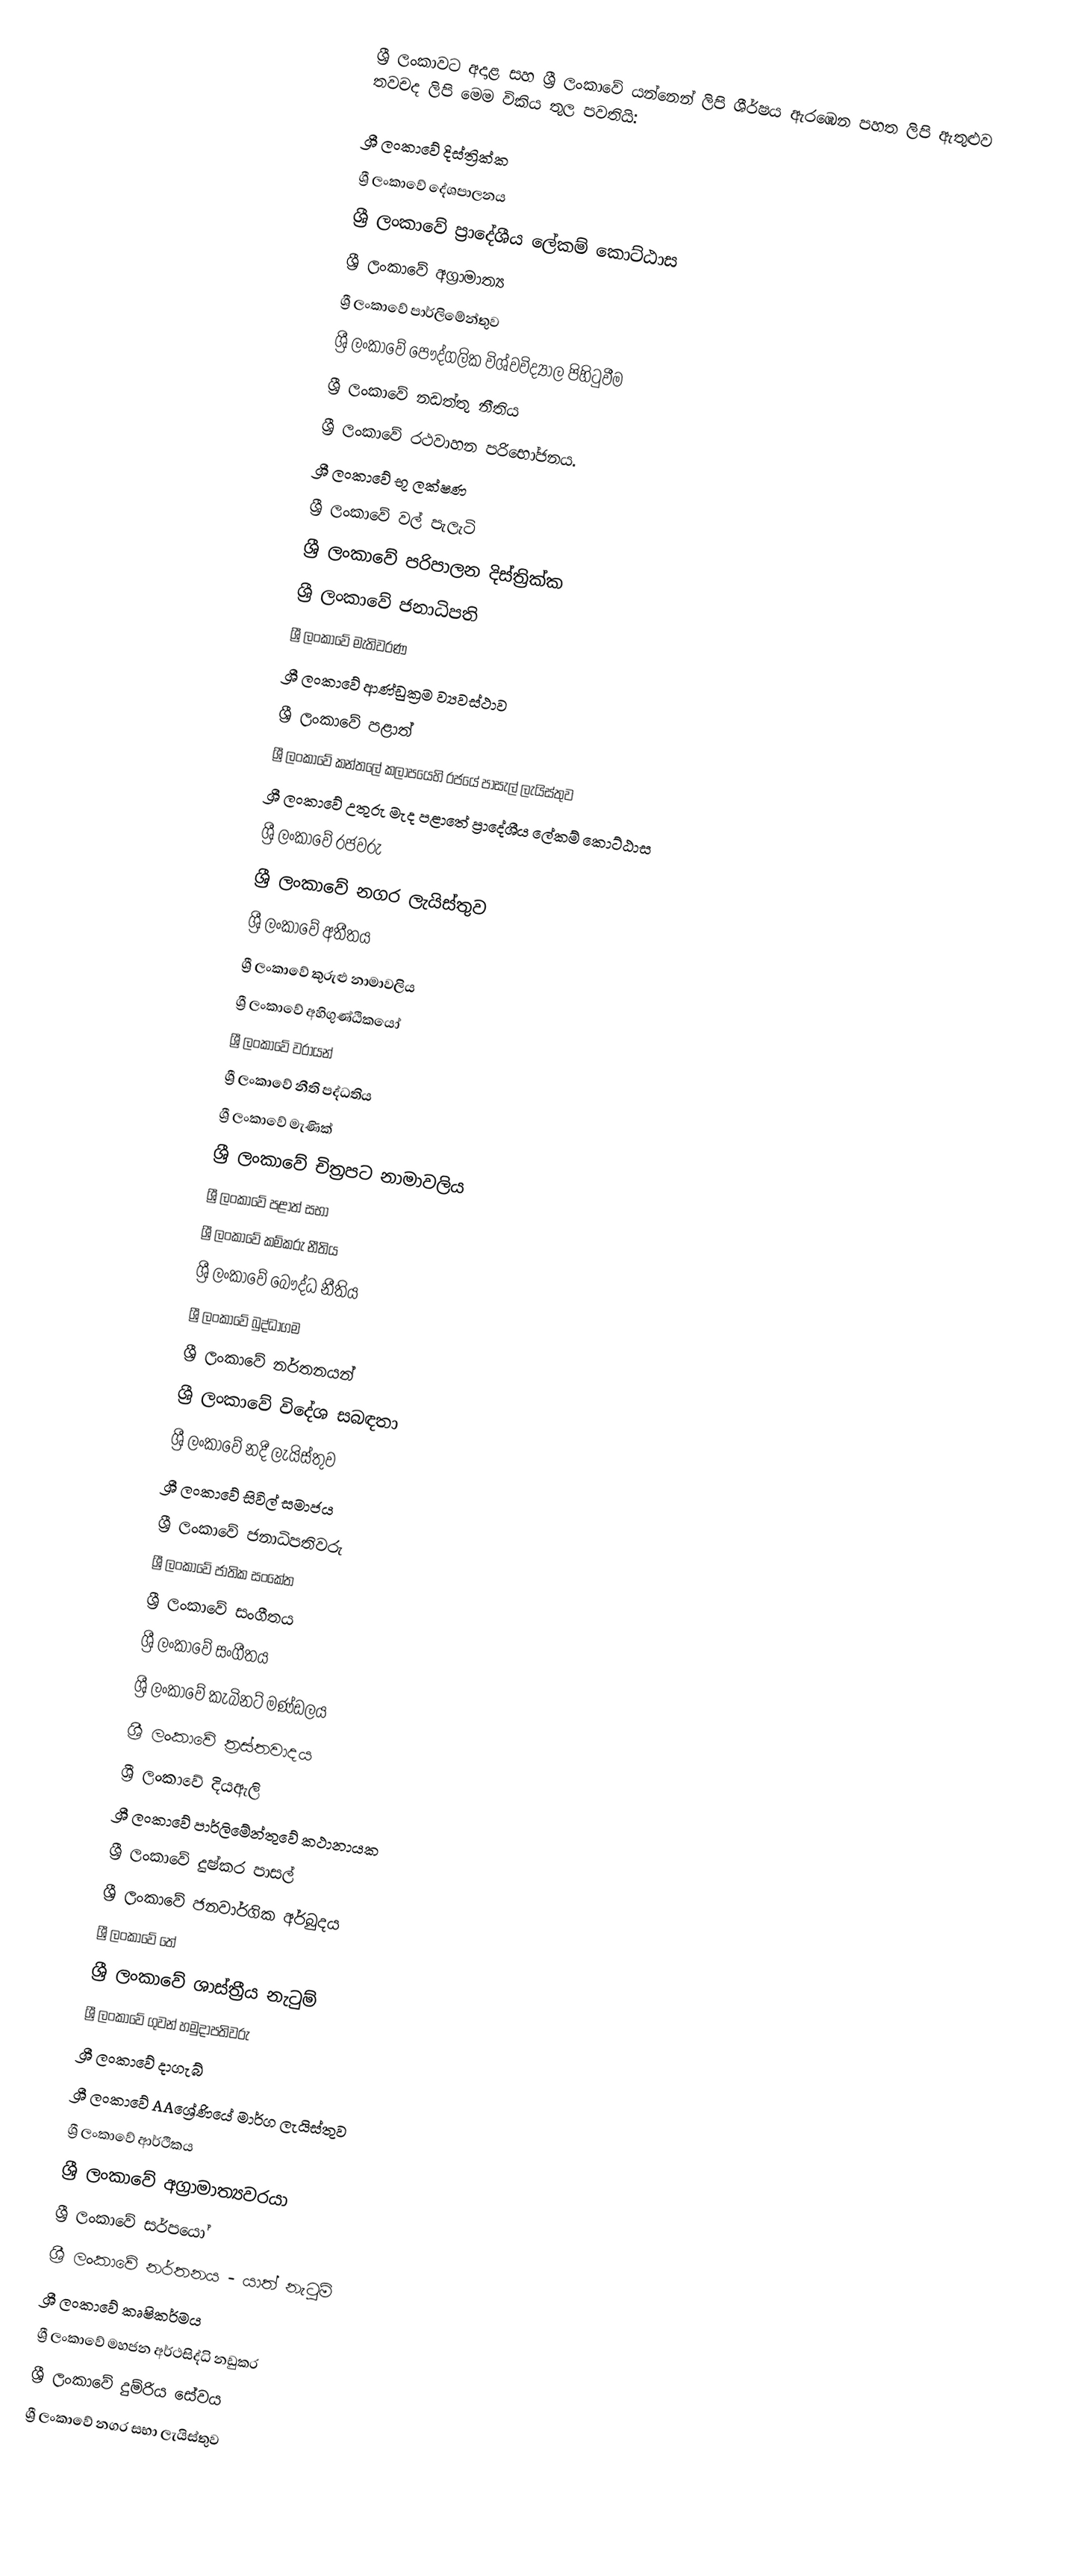
ශ්‍රී ලංකාවට අදාළ සහ ශ්‍රී ලංකාවේ යන්නෙන් ලිපි ශීර්ෂය ඇරඹෙන පහත ලිපි ඇතුළුව තවචද ලිපි මෙම විකිය තුල පවතියි:

 ශ්‍රී ලංකාවේ දිස්ත්‍රික්ක
 ශ්‍රී ලංකාවේ දේශපාලනය
 ශ්‍රී ලංකාවේ ප්‍රාදේශීය ලේකම් කොට්ඨාස
 ශ්‍රී ලංකාවේ අග්‍රාමාත්‍ය
 ශ්‍රී ලංකාවේ පාර්ලිමේන්තුව
 ශ්‍රී ලංකාවේ පෞද්ගලික විශ්වවිද්‍යාල පිහිටුවීම
ශ්‍රී ලංකාවේ නඩත්තු නීතිය
 ශ්‍රී ලංකාවේ රථවාහන පරිභෝජනය.
 ශ්‍රී ලංකාවේ භූ ලක්ෂණ
 ශ්‍රී ලංකාවේ වල් පැලැටි
 ශ්‍රී ලංකාවේ පරිපාලන දිස්ත්‍රික්ක
 ශ්‍රී ලංකාවේ ජනාධිපති
 ශ්‍රී ලංකාවේ මැතිවරණ
 ශ්‍රී ලංකාවේ ආණ්ඩුක්‍රම ව්‍යවස්ථාව
 ශ්‍රී ලංකාවේ පළාත්
 ශ්‍රී ලංකාවේ කන්තලේ කලාපයෙහි රජයේ පාසැල් ලැයිස්තුව
 ශ්‍රී ලංකාවේ උතුරු මැද පළාතේ ප්‍රාදේශීය ලේකම් කොට්ඨාස
 ශ්‍රී ලංකාවේ රජවරු
 ශ්‍රී ලංකාවේ නගර ලැයිස්තුව
 ශ්‍රී ලංකාවේ අතීතය
 ශ්‍රී ලංකාවේ කුරුළු නාමාවලිය
 ශ්‍රී ලංකාවේ අහිගුණ්ඨිකයෝ
 ශ්‍රී ලංකාවේ වරායන්
 ශ්‍රී ලංකාවේ නීති පද්ධතිය
 ශ්‍රී ලංකාවේ මැණික්
 ශ්‍රී ලංකාවේ චිත්‍රපට නාමාවලිය
 ශ්‍රී ලංකාවේ පළාත් සභා
 ශ්‍රී ලංකාවේ කම්කරු නීතිය
 ශ්‍රී ලංකාවේ බෞද්ධ නීතිය
 ශ්‍රී ලංකාවේ බුද්ධාගම
 ශ්‍රී ලංකාවේ නර්තනයන්
 ශ්‍රී ලංකාවේ විදේශ සබඳතා
 ශ්‍රී ලංකාවේ නදී ලැයිස්තුව
 ශ්‍රී ලංකාවේ සිවිල් සමාජය
 ශ්‍රී ලංකාවේ ජනාධිපතිවරු
 ශ්‍රී ලංකාවේ ජාතික සංකේත
 ශ්‍රී ලංකාවේ සංගීතය
 ශ්‍රී ලංකාවේ සංගීතය
 ශ්‍රී ලංකාවේ කැබිනට් මණ්ඩලය
 ශ්‍රී ලංකාවේ ත්‍රස්තවාදය
 ශ්‍රී ලංකාවේ දියඇලි
 ශ්‍රී ලංකාවේ පාර්ලිමේන්තුවේ කථානායක
 ශ්‍රී ලංකාවේ දුෂ්කර පාසල්
 ශ්‍රී ලංකාවේ ජනවාර්ගික අර්බුදය
 ශ්‍රී ලංකාවේ තේ
 ශ්‍රී ලංකාවේ ශාස්ත්‍රීය නැටුම්
 ශ්‍රී ලංකාවේ ගුවන් හමුදාපතිවරු
 ශ්‍රී ලංකාවේ දාගැබ්
 ශ්‍රී ලංකාවේ AAශ්‍රේණියේ මාර්ග ලැයිස්තුව
 ශ්‍රී ලංකාවේ ආර්ථිකය
 ශ්‍රී ලංකාවේ අග්‍රාමාත්‍යවරයා
 ශ්‍රී ලංකාවේ සර්පයෝ
 ශ්‍රී ලංකාවේ නර්තනය - යාත් නැටුම්
 ශ්‍රී ලංකාවේ කෘෂිකර්මය
 ශ්‍රී ලංකාවේ මහජන අර්ථසිද්ධි නඩුකර
 ශ්‍රී ලංකාවේ දුම්රිය සේවය
 ශ්‍රී ලංකාවේ නගර සභා ලැයිස්තුව